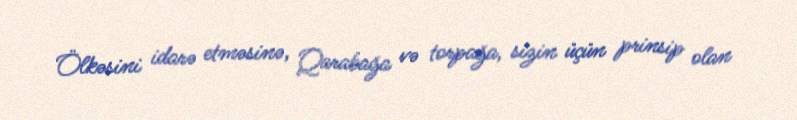
Ölkəsini idarə etməsinə, Qarabağa və torpağa, sizin üçün prinsip olan